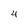
Character: 4